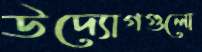
উদ্যোগগুলো